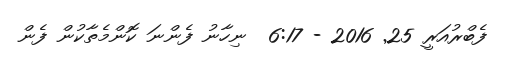
ފެބްރުއަރީ 25